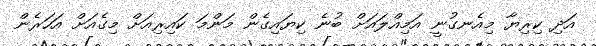
އަދި ކިރިޔާ މިއެނގުނީ އަމިއްލައަށް ބުނެ ކިޔައިގެން މަންމަ ކައިރިއަށް މިގެއަށް އަހަރެން